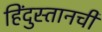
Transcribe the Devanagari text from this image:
हिंदुस्तानची